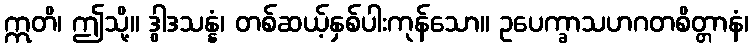
ဣတိ၊ ဤသို့။ ဒွါဒသန္နံ၊ တစ်ဆယ့်နှစ်ပါးကုန်သော။ ဥပေက္ခာသဟဂတစိတ္တာနံ၊